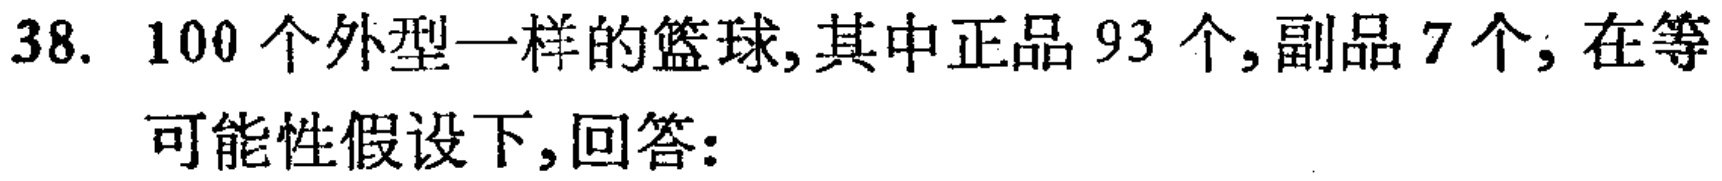
38. 100个外型一样的篮球,其中正品93个,副品7个,在等
可能性假设下,回答: